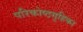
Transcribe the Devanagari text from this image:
परिकोष्ठगुहिका